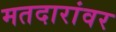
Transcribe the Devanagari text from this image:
मतदारांवर